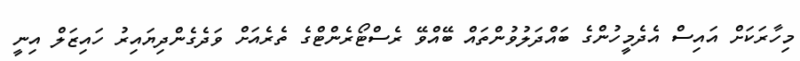
މިހާރަކަށް އައިސް އެދެމީހުންގެ ބައްދަލުވުންތައް ބޭއްވޭ ރެސްޓޯރެންޓްގެ ތެރެއަށް ވަދެގެންދިޔައިރު ހައިޒަލް އިނީ